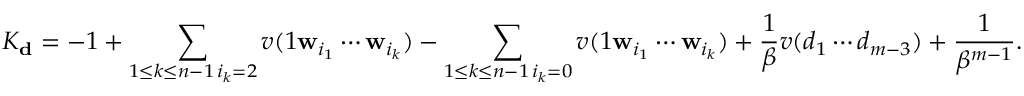
K _ { \mathbf { d } } = - 1 + \sum _ { \substack { 1 \le k \le n - 1 \, i _ { k } = 2 } } v ( 1 \mathbf w _ { i _ { 1 } } \cdots \mathbf w _ { i _ { k } } ) - \sum _ { \substack { 1 \le k \le n - 1 \, i _ { k } = 0 } } v ( 1 \mathbf w _ { i _ { 1 } } \cdots \mathbf w _ { i _ { k } } ) + \frac 1 \beta v ( d _ { 1 } \cdots d _ { m - 3 } ) + \frac 1 { \beta ^ { m - 1 } } .